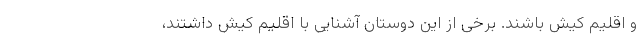
و اقلیم کیش باشند. برخی از این دوستان آشنایی با اقلیم کیش داشتند،